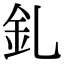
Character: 釓